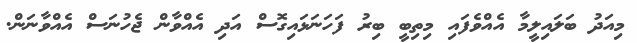
މިއަދު ބަލައިލީމާ އެއްވެފައި މިތިބީ ބިރު ފަހަނަޅައިގޮސް އަދި އެއްވާން ޖެހުނަސް އެއްވާނަން.